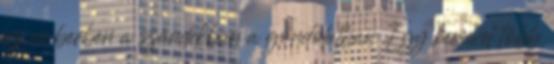
az emberben a szándékban a gondolatban Egy kicsivel több